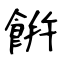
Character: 餠